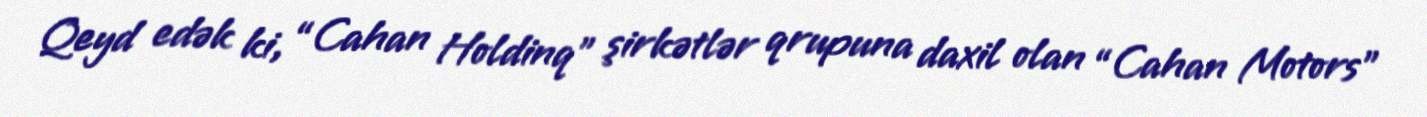
Qeyd edək ki, “Cahan Holdinq” şirkətlər qrupuna daxil olan “Cahan Motors”